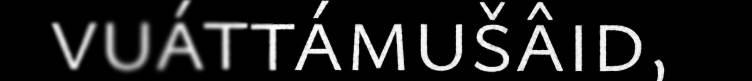
vuáttámušâid,